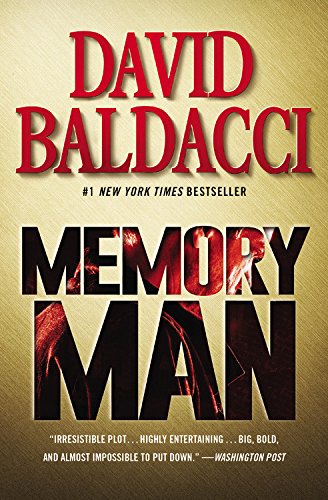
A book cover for Memory Man; David Baldacci; Mystery, Thriller & Suspense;